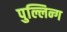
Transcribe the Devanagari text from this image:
पुल्लिन्ग